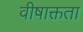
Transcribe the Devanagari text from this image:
वीषाक्तता